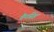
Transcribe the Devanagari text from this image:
चैनसिंह